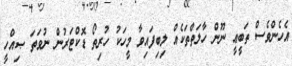
އެހެންވެސް ތަބީޢީ ނޫން ހާލަތްތަކެއް ލިބިފައިވާ މީހަކު ހުރިތޯ ޑޮކްޓަރުން ނުވަތަ ޞިއްހީ